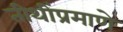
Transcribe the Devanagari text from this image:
तीथींप्रमाणे